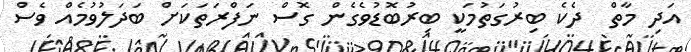
އަދި މާތް  ދެކެ ބިރުގަތުމަކީ ބިރުބޮޑުވެގެން ގޮސް ނަފްރަތަކަށް ބަދަލުވުމެއް ވެސް